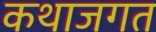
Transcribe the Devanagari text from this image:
कथाजगत